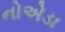
નોએડા